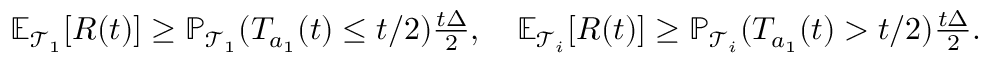
\begin{array} { r } { \mathbb { E } _ { \mathcal { T } _ { 1 } } [ R ( t ) ] \ge \mathbb { P } _ { \mathcal { T } _ { 1 } } ( T _ { a _ { 1 } } ( t ) \le t / 2 ) \frac { t \Delta } { 2 } , \ \ \ \mathbb { E } _ { \mathcal { T } _ { i } } [ R ( t ) ] \ge \mathbb { P } _ { \mathcal { T } _ { i } } ( T _ { a _ { 1 } } ( t ) > t / 2 ) \frac { t \Delta } { 2 } . } \end{array}